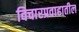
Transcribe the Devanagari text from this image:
विचारप्रवाहातील